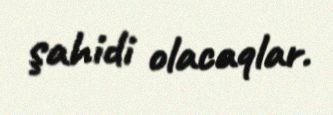
şahidi olacaqlar.